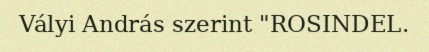
Vályi András szerint "ROSINDEL.